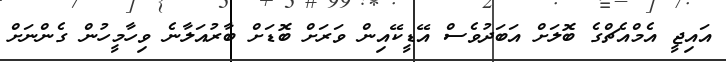
އައިޖީ އެމްއެޗްގެ ބޮލަށް އަބަދުވެސް އޭޑީކޭއިން ވަރަށް ބޮޑަށް ބާރުއަލާނެ ވިހާމީހުން ގެންނަށް